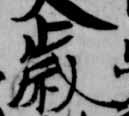
歳